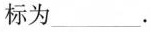
标为___.